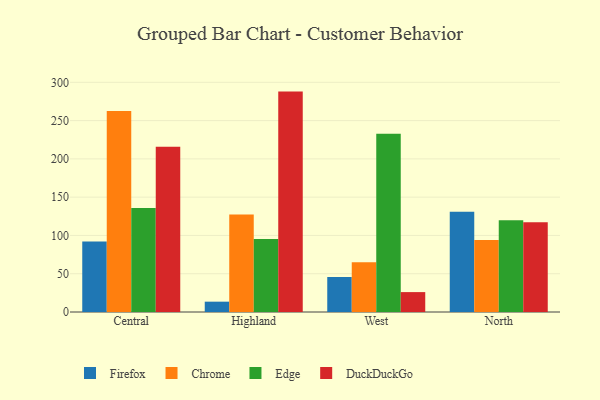
{"axis": {"x": "Region", "y": "Shipments"}, "legend": ["Chrome", "DuckDuckGo", "Edge", "Firefox"], "data": [{"x": "Central", "y": 92.0, "type": "Firefox"}, {"x": "Central", "y": 262.7, "type": "Chrome"}, {"x": "Central", "y": 135.7, "type": "Edge"}, {"x": "Central", "y": 215.8, "type": "DuckDuckGo"}, {"x": "Highland", "y": 13.5, "type": "Firefox"}, {"x": "Highland", "y": 127.5, "type": "Chrome"}, {"x": "Highland", "y": 95.2, "type": "Edge"}, {"x": "Highland", "y": 287.9, "type": "DuckDuckGo"}, {"x": "West", "y": 45.7, "type": "Firefox"}, {"x": "West", "y": 65.0, "type": "Chrome"}, {"x": "West", "y": 233.0, "type": "Edge"}, {"x": "West", "y": 26.0, "type": "DuckDuckGo"}, {"x": "North", "y": 131.1, "type": "Firefox"}, {"x": "North", "y": 94.0, "type": "Chrome"}, {"x": "North", "y": 119.9, "type": "Edge"}, {"x": "North", "y": 117.4, "type": "DuckDuckGo"}]}